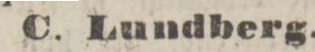
C. Lundberg.